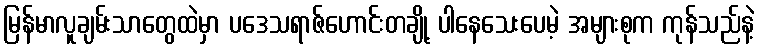
မြန်မာလူချမ်းသာတွေထဲမှာ ပဒေသရာဇ်ဟောင်းတချို့ ပါနေသေးပေမဲ့ အများစုက ကုန်သည်နဲ့